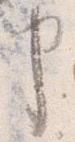
申